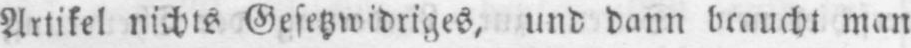
Artikel nichts Gesetzwidriges, und dann braucht man